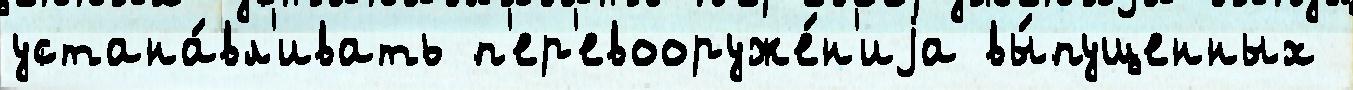
устана́вл'ивать п'ер'евооруже́н'иjа вы́пущенных